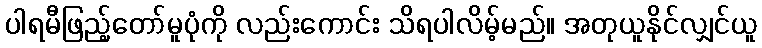
ပါရမီဖြည့်တော်မူပုံကို လည်းကောင်း သိရပါလိမ့်မည်။ အတုယူနိုင်လျှင်ယူ